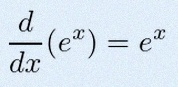
\frac{d}{dx}(e^x)=e^x